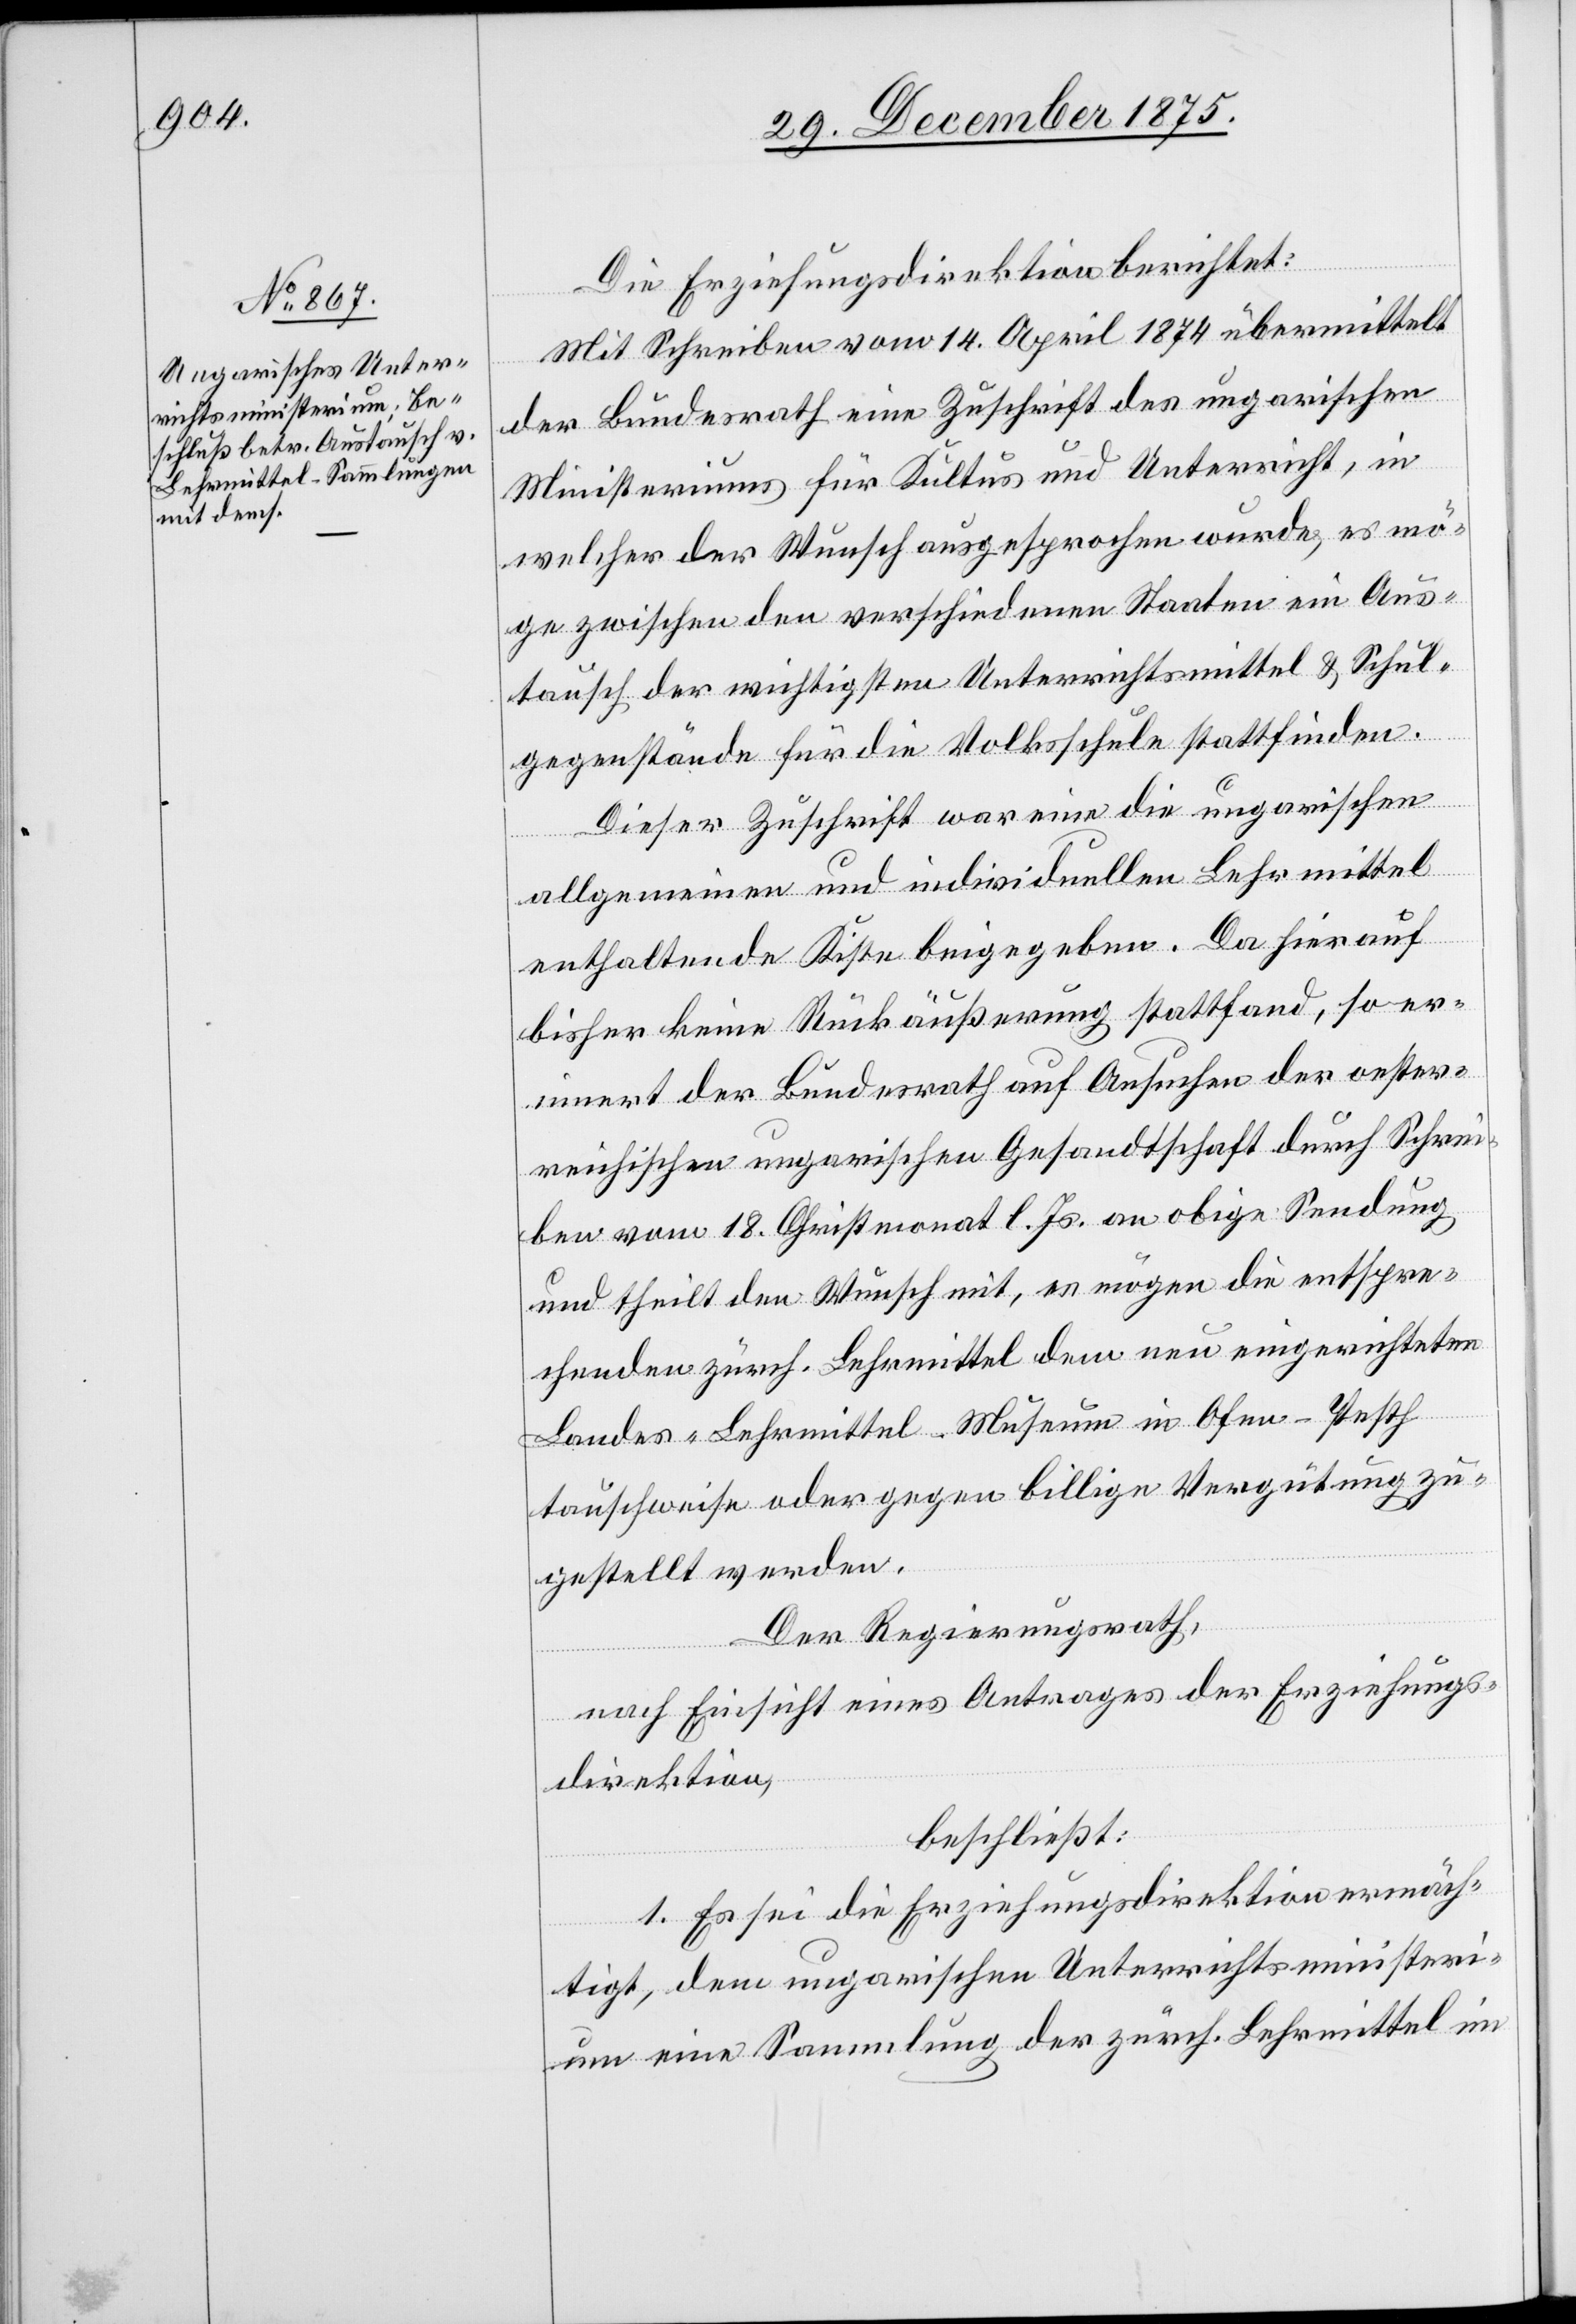
Die Erziehungsdirektion berichtet:
Mit Schreiben vom 14. April 1874 übermittelt
der Bundesrath eine Zuschrift des ungarischen
Ministeriums für Kultus und Unterricht, in
welcher der Wunsch ausgesprochen wurde, es mö¬
ge zwischen den verschiedenen Staaten ein Aus¬
tausch der wichtigsten Unterrichtsmittel & Schul¬
gegenstände für die Volksschule stattfinden.
Dieser Zuschrift war eine die ungarischen
allgemeinen und individuellen Lehrmittel
enthaltene Kiste beigegeben. Da hierauf
bisher keine Rückäußerung stattfand, so er¬
innert der Bundesrath auf Ansuchen der oester¬
reichischen ungarischen Gesandtschaft durch Schrei¬
ben vom 18. Christmonat l. Js. an obige Sendung
und theilt den Wunsch mit, es mögen die entspre¬
chenden zürch. Lehrmittel dem neu eingerichteten
Landes-Lehrmittel-Museum in Ofen-Pesth
tauschweise oder gegen billige Vergütung zu¬
gestellt werden.
Der Regierungsrath,
nach Einsicht eines Antrages der Erziehungs¬
direktion,
beschließt:
1. Es sei die Erziehungsdirektion ermäch¬
tigt, dem ungarischen Unterrichtsministeri¬
um eine Sammlung der zürch. Lehrmittel im